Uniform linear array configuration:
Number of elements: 4
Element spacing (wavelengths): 0.25
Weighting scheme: cosine
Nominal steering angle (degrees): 15
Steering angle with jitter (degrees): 16.486
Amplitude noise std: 0.05
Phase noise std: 0.05

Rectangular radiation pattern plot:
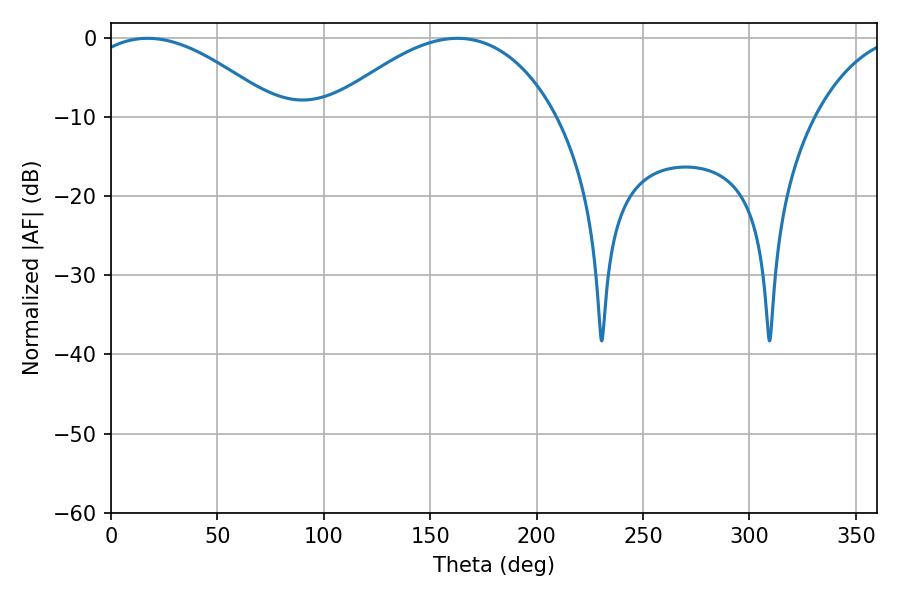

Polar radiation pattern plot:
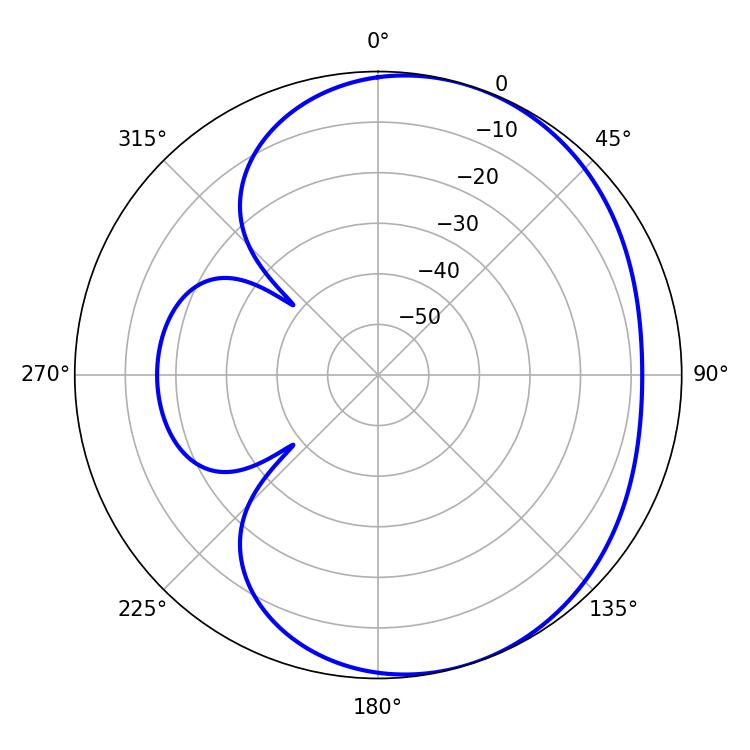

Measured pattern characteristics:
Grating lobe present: FALSE
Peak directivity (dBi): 4.026
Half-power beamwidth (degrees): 49.68
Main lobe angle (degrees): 17.28